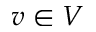
v \in V